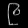
Digit: ၉